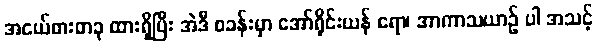
အငယ်စားတခု ထားရှိပြီး အဲဒီ စခန်းမှာ အော်ရိုင်းယန် ရော၊ အာကာသယာဉ် ပါ အသင့်